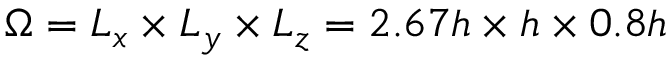
\Omega = L _ { x } \times L _ { y } \times L _ { z } = 2 . 6 7 h \times h \times 0 . 8 h